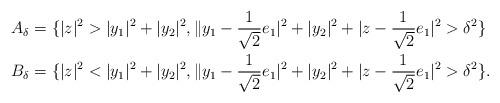
LaTeX: \begin{align*}A_\delta& = \{ |z|^2>|y_1 |^2 + |y_2|^2, \|y_1 - \frac1{\sqrt2}e_1|^2 + |y_2|^2 + |z-\frac1{\sqrt2}e_1|^2>\delta^2\}\\B_\delta&= \{ |z|^2<|y_1 |^2 + |y_2|^2, \|y_1 - \frac1{\sqrt2}e_1|^2 + |y_2|^2 + |z-\frac1{\sqrt2}e_1|^2>\delta^2 \} .\end{align*}